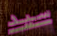
سيد